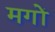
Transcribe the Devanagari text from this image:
मगों